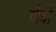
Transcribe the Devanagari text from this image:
गौदों